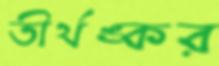
তীর্থঙ্কর